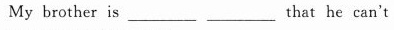
My brother is_________ _________that he can't